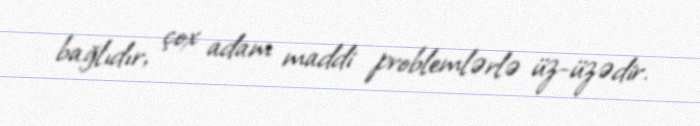
bağlıdır, çox adam maddi problemlərlə üz-üzədir.